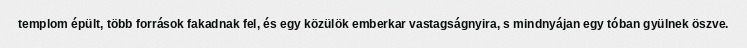
templom épült, több források fakadnak fel, és egy közülök emberkar vastagságnyira, s mindnyájan egy tóban gyülnek öszve.